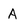
Character: A